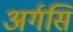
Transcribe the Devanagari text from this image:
अर्गसि